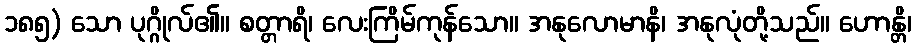
၁၈၅) သော ပုဂ္ဂိုလ်၏။ စတ္တာရိ၊ လေးကြိမ်ကုန်သော။ အနုလောမာနိ၊ အနုလုံတို့သည်။ ဟောန္တိ၊